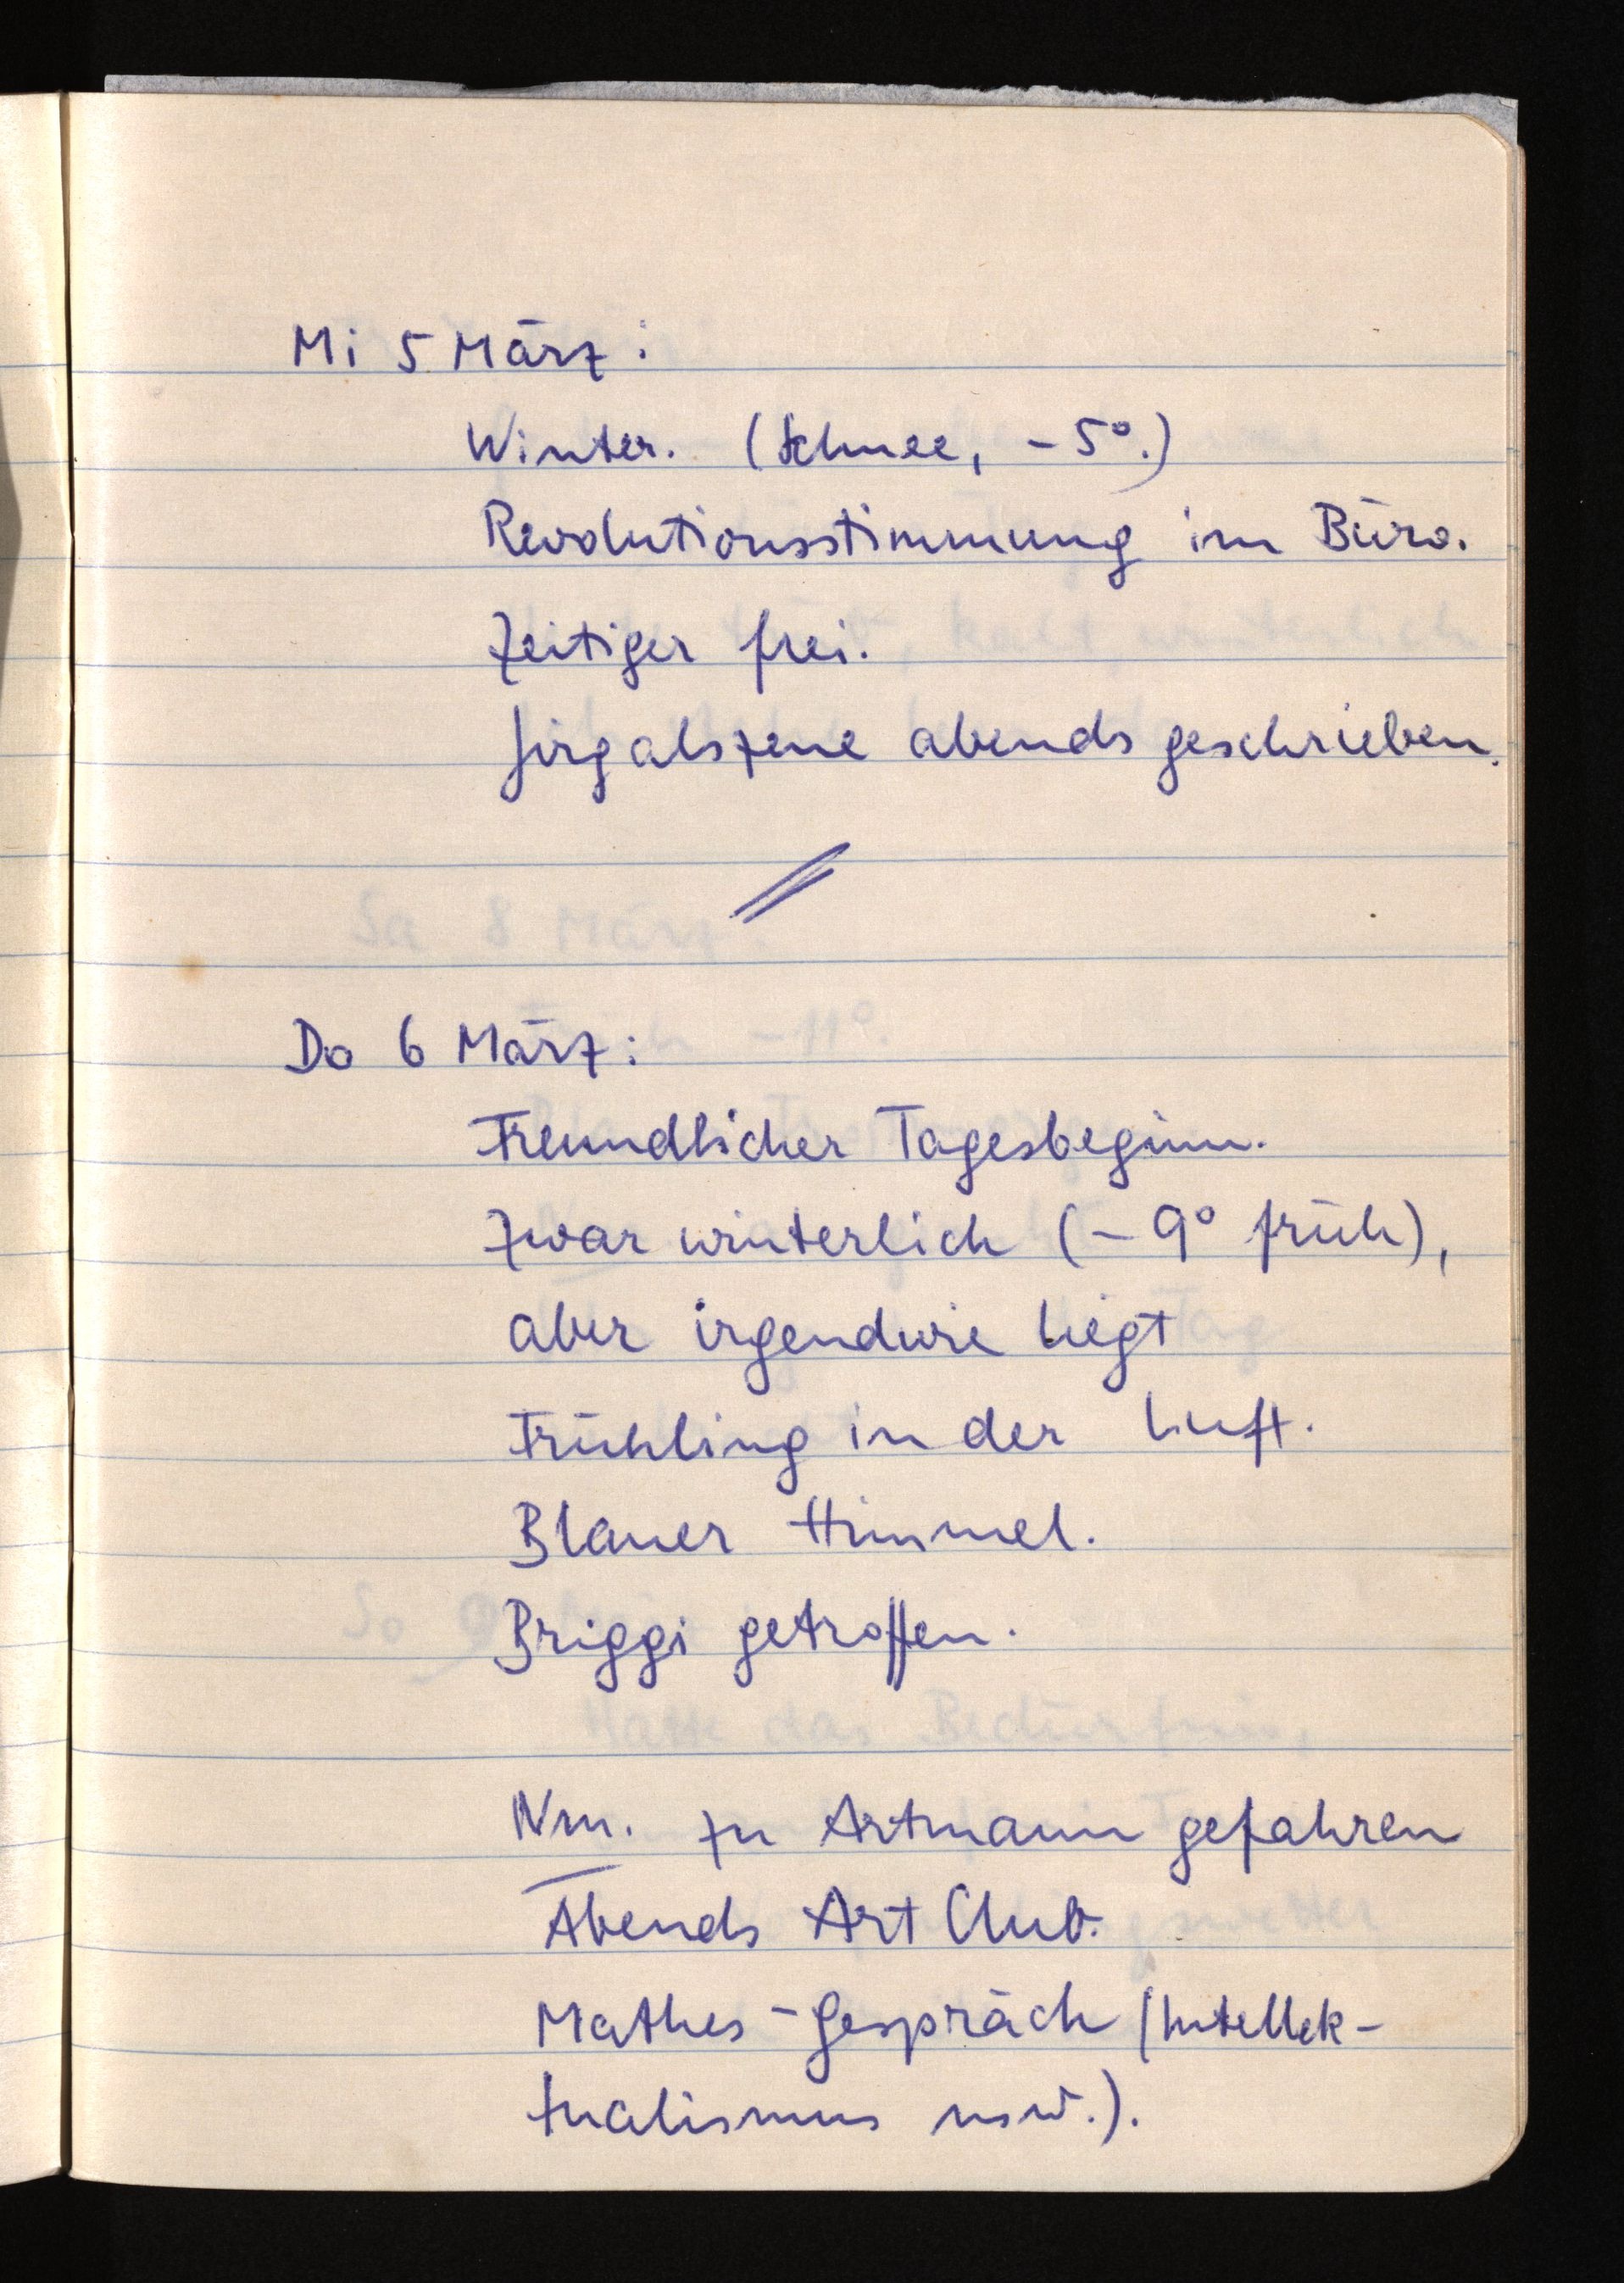
Mi 5 März:
Winter. (Schnee, -5°.)
Revolutionsstimmung im Büro.
Zeitiger frei.
Jirgalszene abends geschrieben.
Do 6 März:
Freundlicher Tagesbeginn.
Zwar winterlich (-9° früh),
aber irgendwie liegt
Frühling in der Luft.
Blauer Himmel.
Briggi getroffen.
Nm. zu Artmann gefahren
Abends Art Club.
Mathes-Gespräch (Intellek¬
tualismus usw.).